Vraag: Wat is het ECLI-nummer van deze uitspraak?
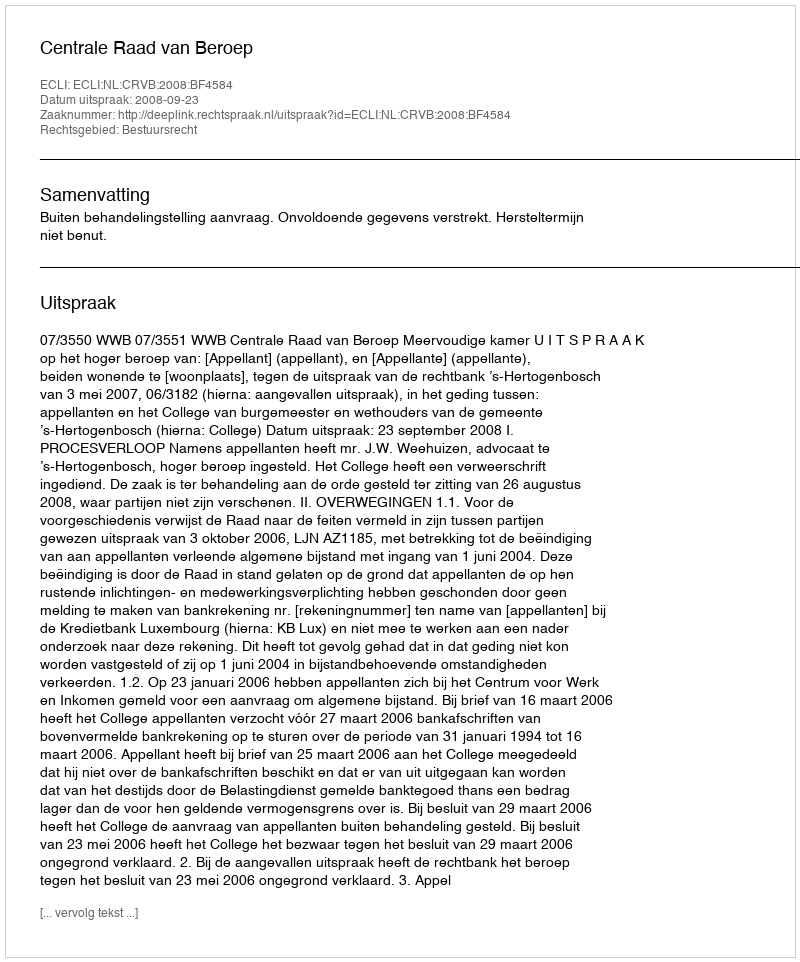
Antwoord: ECLI:NL:CRVB:2008:BF4584